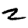
Digit: 2